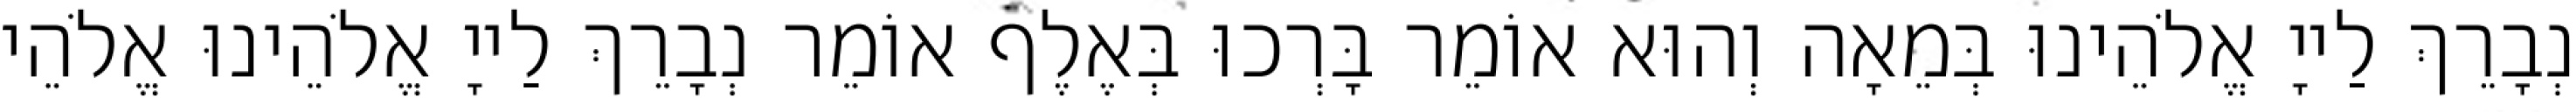
נְבָרֵךְ לַייָ אֱלֹהֵינוּ בְּמֵאָה וְהוּא אוֹמֵר בָּרְכוּ בְּאֶלֶף אוֹמֵר נְבָרֵךְ לַייָ אֱלֹהֵינוּ אֱלֹהֵי